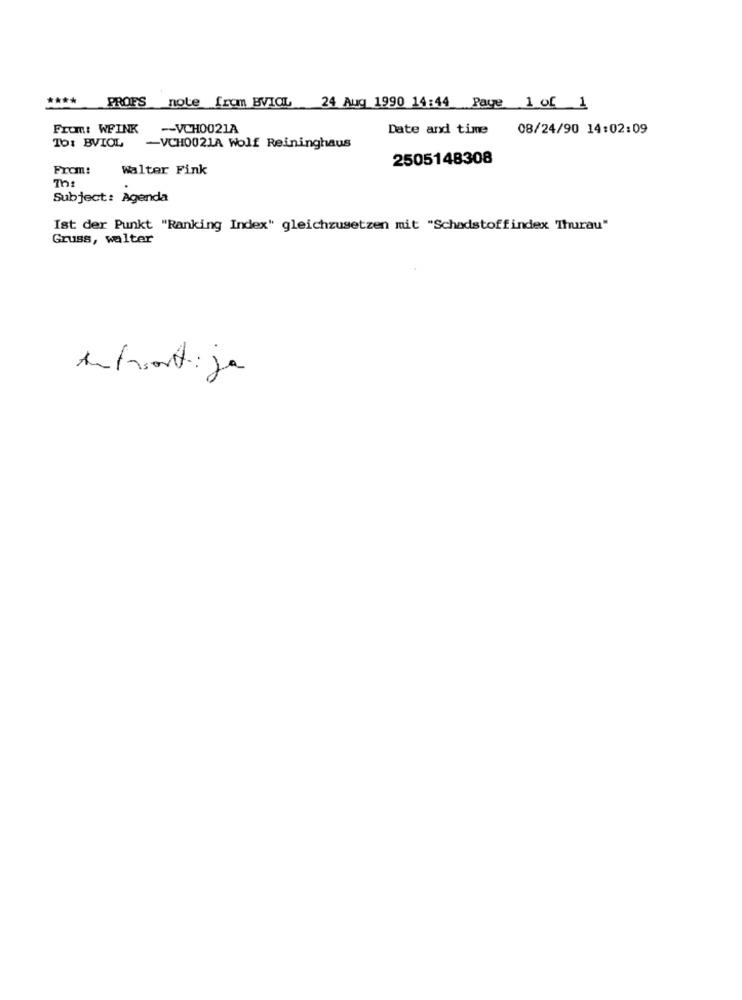
From: WFINK -VCHO021A
Date and time
08/24/90 14:02:09
To: BVIOL
-VCH0021A Wolf Reininghaus
2505148308
From:
Walter Fink
7h
Subject: Agenda
Ist der Punkt "Ranking Index" gleichzusetzen mit "Schadstoffindex Thurau"
Gruss, walter
Antroont: ja